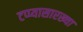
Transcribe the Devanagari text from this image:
टप्प्यासारख्या